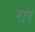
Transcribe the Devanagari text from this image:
गागे